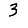
Digit: 3